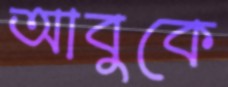
আবুকে